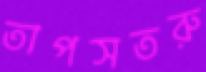
তাপসতরু